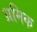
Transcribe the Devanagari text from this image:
ध्रमिक